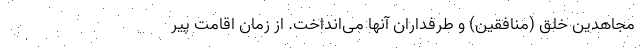
مجاهدین خلق (منافقین) و طرفداران آنها می‌انداخت. از زمان اقامت پیر